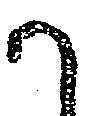
か